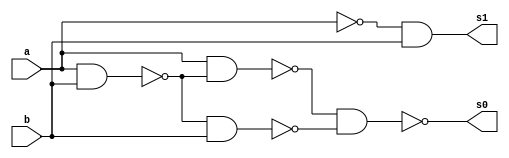
// ---------------------
// Guia 03_01 - Meia Soma
// Nome:Alvaro Henrique de Araujo Rungue
// ---------------------

// ---------------------
// -- Half Substractor
// ---------------------

module halfSub (s0, s1, a, b);
 output s0, s1;
 input  a, b;
 wire s2,s3,s4,s5,s6,s7;
 
 nand nandgate1 (s2, a, b);
 nand nandgate7 (s6, a, a);
 nand nandgate2 (s7, s6, b);
 nand nandgate8 (s1, s7, s7);
 nand nandgate3 (s3, a, b);
 nand nandgate4 (s4, a, s3);
 nand nandgate5 (s5, s3, b);
 nand nandgate6 (s0, s4, s5);

endmodule // halfSub

// --------------------------
// -- test halfSub
// --------------------------

module testhalfSub;
 reg   a, b;             
 wire  s0, s1;
          // instancia
 halfSub HALFS1 (s0, s1, a, b);

 initial begin:start
      a=0; b=0;
 end

          // parte principal
 initial begin:main
      $display("Guia 03 Ex01 - Alvaro Henrique de Araujo Rungue");
      $display("Test Half Substractor Gate: ");
      $display("\n a | b = s0 s1\n");
      $monitor(" %b | %b = %b %b", a, b, s0, s1);
  #1  a=0; b=1; 
  #1  a=1; b=0; 
  #1  a=1; b=1; 
  
 end

endmodule // testmeiadiferenca